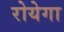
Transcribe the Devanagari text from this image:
रोयेगा